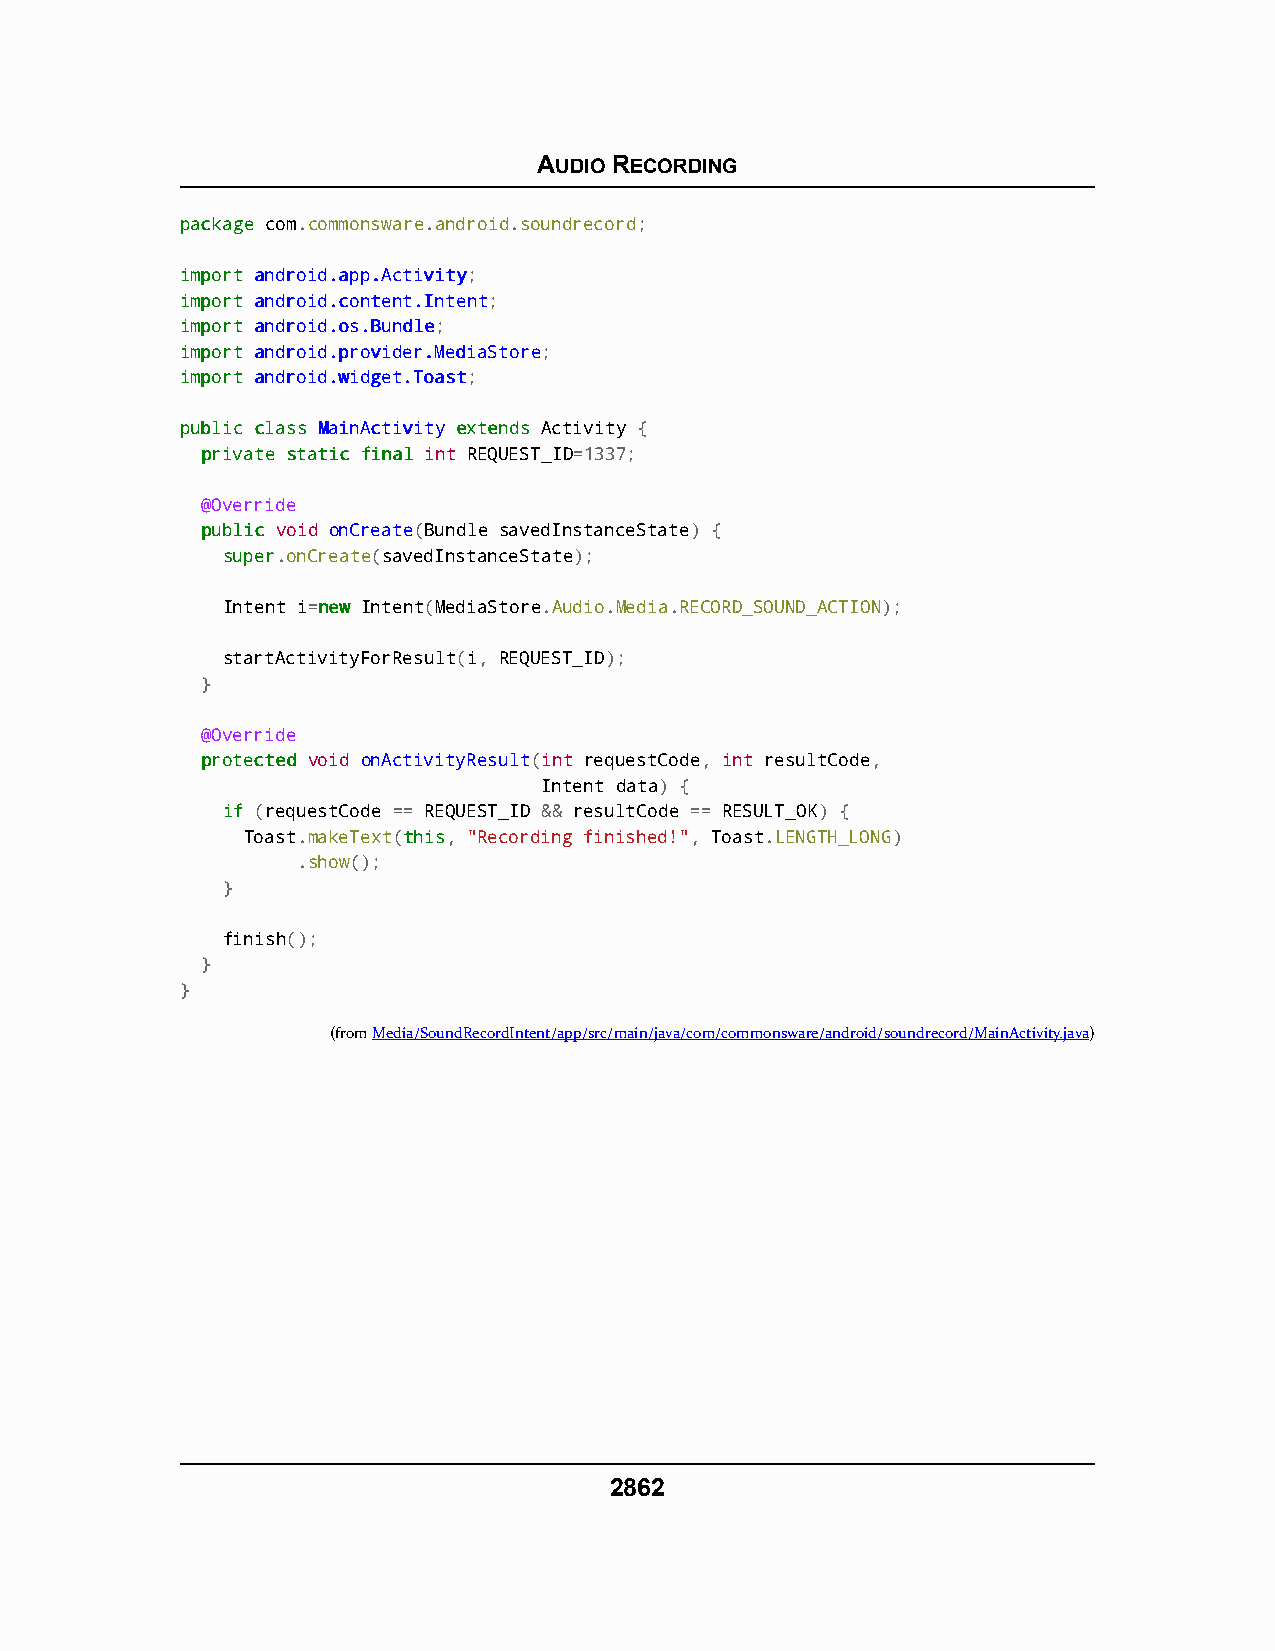
AUDIO RECORDING
 ppaacckkaaggee com.commonsware.android.soundrecord;
 iimmppoorrtt aannddrrooiidd..aapppp..AAccttiivviittyy;
 iimmppoorrtt aannddrrooiidd..ccoonntteenntt..IInntteenntt;
 iimmppoorrtt aannddrrooiidd..ooss..BBuunnddllee;
 iimmppoorrtt aannddrrooiidd..pprroovviiddeerr..MMeeddiiaaSSttoorree;
 iimmppoorrtt aannddrrooiidd..wwiiddggeett..TTooaasstt;
 ppuubblliicc ccllaassss MMaaiinnAAccttiivviittyy eexxtteennddss Activity {
 pprriivvaattee ssttaattiicc ffiinnaall int REQUEST_ID=1337;
 @Override
 ppuubblliicc void onCreate(Bundle savedInstanceState) {
 ssuuppeerr.onCreate(savedInstanceState);
 Intent i=nneeww Intent(MediaStore.Audio.Media.RECORD_SOUND_ACTION);
 startActivityForResult(i, REQUEST_ID);
 }
 @Override
 pprrootteecctteedd void onActivityResult(int requestCode, int resultCode,
 Intent data) {
 iiff (requestCode == REQUEST_ID && resultCode == RESULT_OK) {
 Toast.makeText(tthhiiss, "Recording finished!", Toast.LENGTH_LONG)
 .show();
 }
 finish();
 }
 }
 (fromMedia/SoundRecordIntent/app/src/main/java/com/commonsware/android/soundrecord/MainActivity.java)
 2862